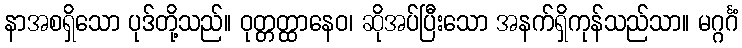
နာအစရှိသော ပုဒ်တို့သည်။ ဝုတ္တတ္ထာနေဝ၊ ဆိုအပ်ပြီးသော အနက်ရှိကုန်သည်သာ။ မဂ္ဂင်္ဂံ